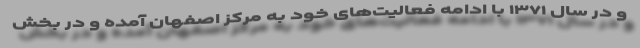
و در سال ۱۳۷۱ با ادامه فعالیت‌های خود به مرکز اصفهان آمده و در بخش